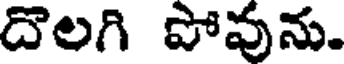
దెలగి పోవును.